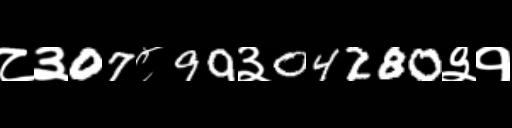
Text: ८३07८99३04280३१